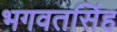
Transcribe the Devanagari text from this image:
भगवतसिंह